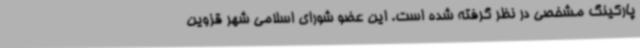
پارکینگ مشخصی در نظر گرفته شده است. این عضو شورای اسلامی شهر قزوین